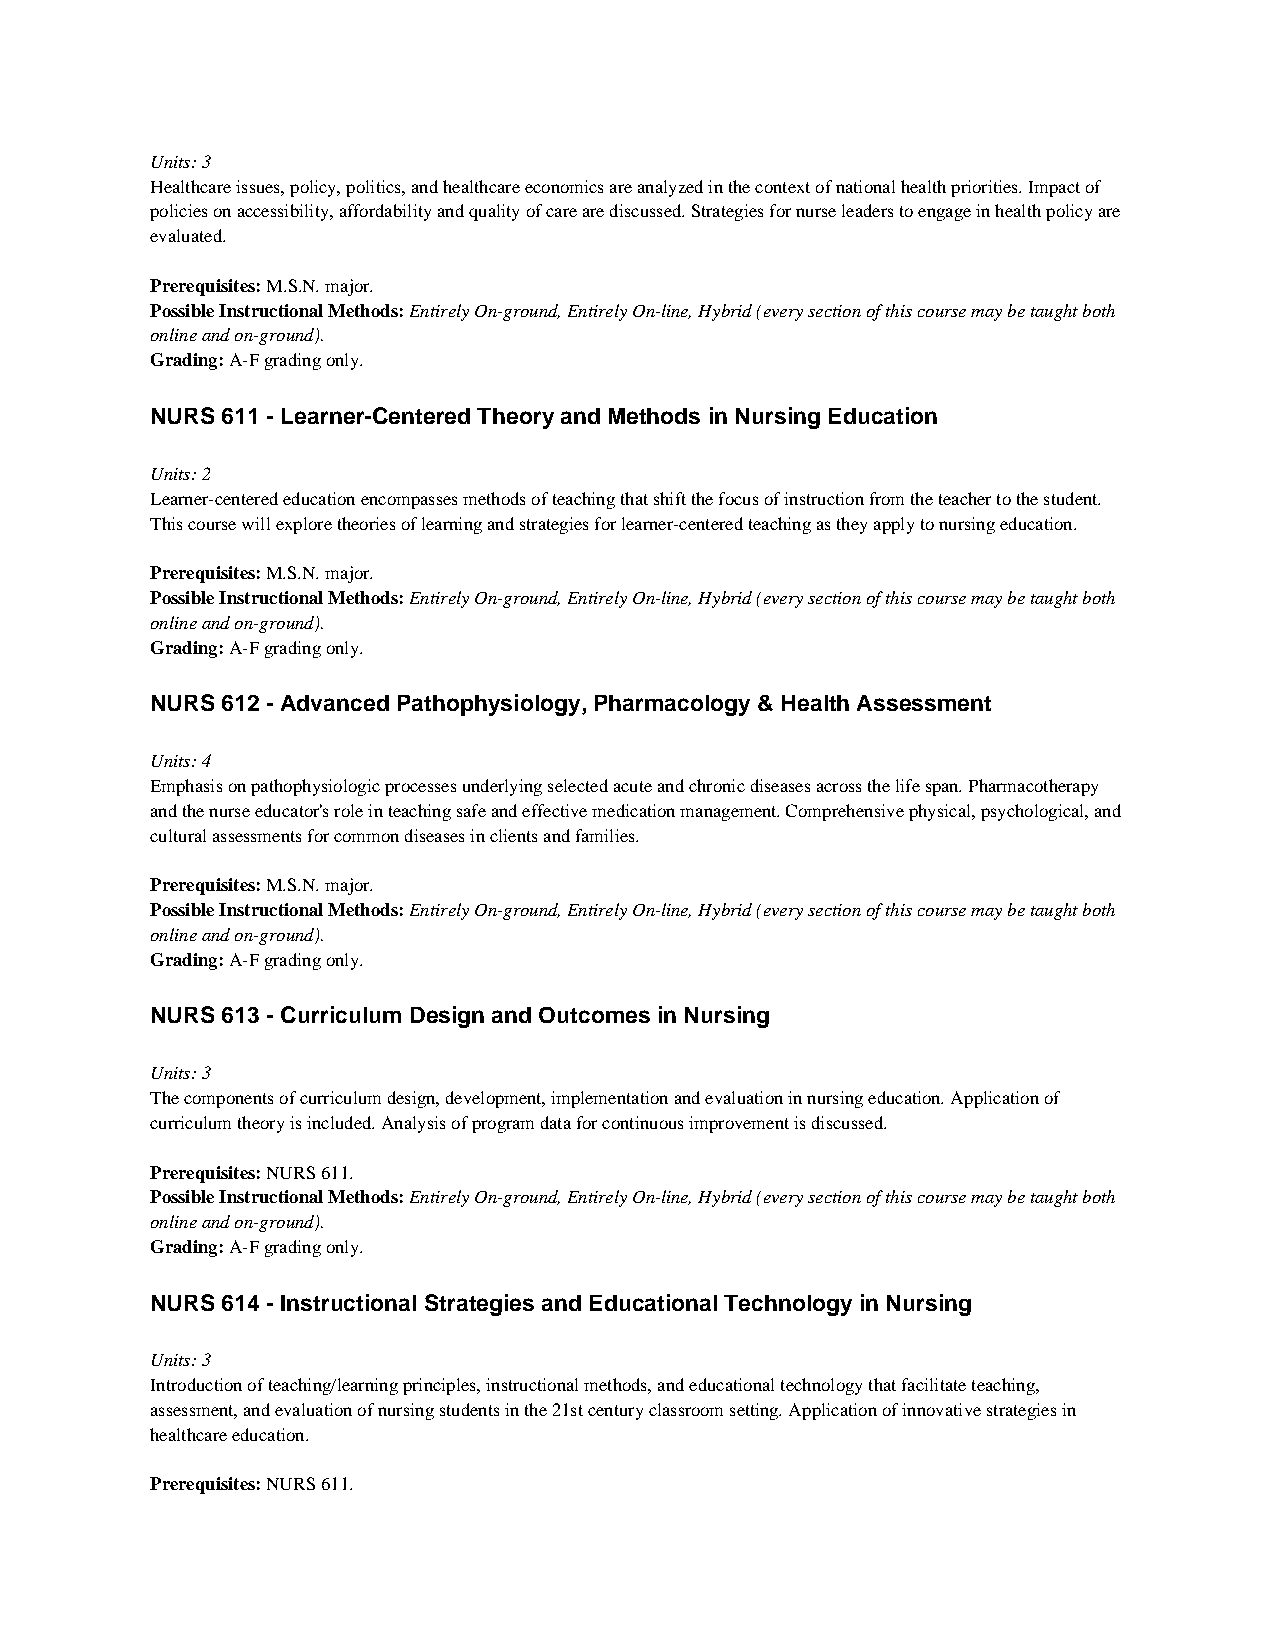
Units: 3
 Healthcare issues, policy, politics, and healthcare economics are analyzed in the context of national health priorities. Impact of
 policies on accessibility, affordability and quality of care are discussed. Strategies for nurse leaders to engage in health policy are
 evaluated.
 Prerequisites: M.S.N. major.
 Possible Instructional Methods: Entirely On-ground, Entirely On-line, Hybrid (every section of this course may be taught both
 online and on-ground).
 Grading: A-F grading only.
 NURS 611 - Learner-Centered Theory and Methods in Nursing Education
 Units: 2
 Learner-centered education encompasses methods of teaching that shift the focus of instruction from the teacher to the student.
 This course will explore theories of learning and strategies for learner-centered teaching as they apply to nursing education.
 Prerequisites: M.S.N. major.
 Possible Instructional Methods: Entirely On-ground, Entirely On-line, Hybrid (every section of this course may be taught both
 online and on-ground).
 Grading: A-F grading only.
 NURS 612 - Advanced Pathophysiology, Pharmacology & Health Assessment
 Units: 4
 Emphasis on pathophysiologic processes underlying selected acute and chronic diseases across the life span. Pharmacotherapy
 and the nurse educator's role in teaching safe and effective medication management. Comprehensive physical, psychological, and
 cultural assessments for common diseases in clients and families.
 Prerequisites: M.S.N. major.
 Possible Instructional Methods: Entirely On-ground, Entirely On-line, Hybrid (every section of this course may be taught both
 online and on-ground).
 Grading: A-F grading only.
 NURS 613 - Curriculum Design and Outcomes in Nursing
 Units: 3
 The components of curriculum design, development, implementation and evaluation in nursing education. Application of
 curriculum theory is included. Analysis of program data for continuous improvement is discussed.
 Prerequisites: NURS 611.
 Possible Instructional Methods: Entirely On-ground, Entirely On-line, Hybrid (every section of this course may be taught both
 online and on-ground).
 Grading: A-F grading only.
 NURS 614 - Instructional Strategies and Educational Technology in Nursing
 Units: 3
 Introduction of teaching/learning principles, instructional methods, and educational technology that facilitate teaching,
 assessment, and evaluation of nursing students in the 21st century classroom setting. Application of innovative strategies in
 healthcare education.
 Prerequisites: NURS 611.